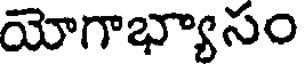
యోగాభ్యాసం